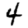
Digit: 4